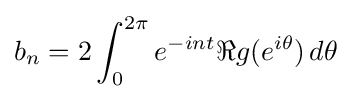
b_{n}=2\int _{0}^{2\pi }e^{-int}\Re g(e^{i\theta })\,d\theta